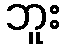
ဘူး